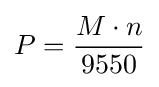
P={M\cdot n \over 9550}